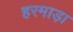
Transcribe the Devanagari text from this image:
हरमाड़ा